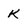
Character: K